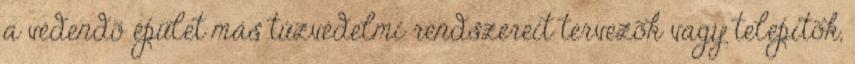
a védendõ épület más tûzvédelmi rendszereit tervezõk vagy telepítõk,